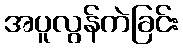
အပူလွန်ကဲခြင်း